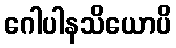
ဂေါပါနသိယောပိ